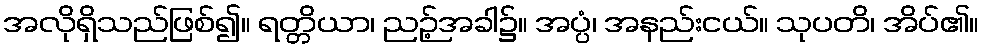
အလိုရှိသည်ဖြစ်၍။ ရတ္တိယာ၊ ညဉ့်အခါ၌။ အပ္ပံ၊ အနည်းငယ်။ သုပတိ၊ အိပ်၏။